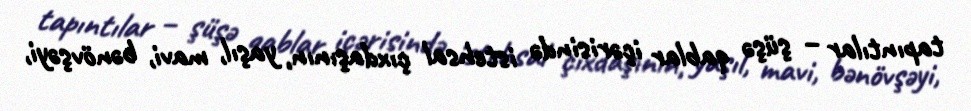
tapıntılar – şüşə qablar içərisində istehsal çıxdaşının, yaşıl, mavi, bənövşəyi,